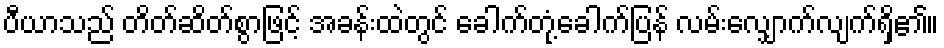
ပီယာသည် တိတ်ဆိတ်စွာဖြင့် အခန်းထဲတွင် ခေါက်တုံ့ခေါက်ပြန် လမ်းလျှောက်လျက်ရှိ၏။